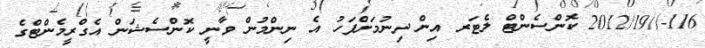
116-//2012/19 ކޮންސެންޓް ލެޓަރ އިން ދިނުމަށްފަހު އެ ނިންމުން ވާނީ ކޮންސެޝަން އެގްރީމެންޓްގެ